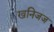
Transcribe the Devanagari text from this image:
खनिजज